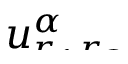
\smash { u _ { r _ { 1 } r _ { 2 } } ^ { \alpha } }